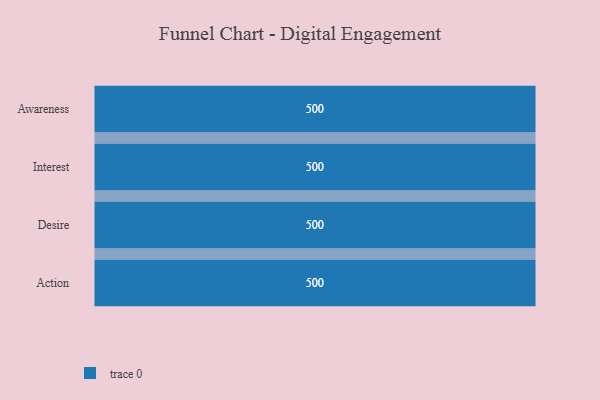
{"axis": {"x": "Stage", "y": "Value"}, "legend": [""], "data": [{"x": "Awareness", "y": 500, "type": ""}, {"x": "Interest", "y": 500, "type": ""}, {"x": "Desire", "y": 500, "type": ""}, {"x": "Action", "y": 500, "type": ""}]}